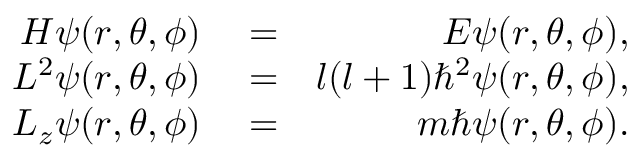
\begin{array} { r l r } { H \psi ( r , \theta , \phi ) } & { { } = } & { E \psi ( r , \theta , \phi ) , } \\ { L ^ { 2 } \psi ( r , \theta , \phi ) } & { { } = } & { l ( l + 1 ) \hbar ^ { 2 } \psi ( r , \theta , \phi ) , } \\ { L _ { z } \psi ( r , \theta , \phi ) } & { { } = } & { m \hbar \psi ( r , \theta , \phi ) . } \end{array}